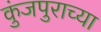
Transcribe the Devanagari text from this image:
कुंजपुराच्या